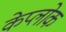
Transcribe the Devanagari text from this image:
केप्लोक